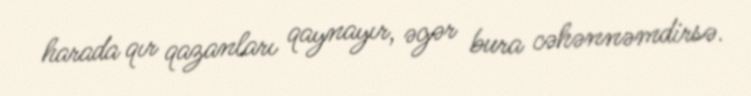
harada qır qazanları qaynayır, əgər bura cəhənnəmdirsə.